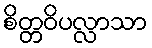
စိတ္တဝိပလ္လာသာ